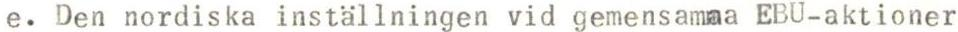
e. Den nordiska inställningen vid gemensamma EBU-aktioner